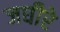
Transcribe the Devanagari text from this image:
जघीरे